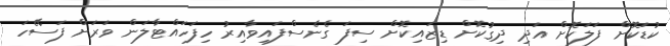
ކުޑަކޮށް ފަލަކޮށް އަދި ދިގުކޮށް ޑިޒައިކޮށް ސިފަ ގެނެސްފައިވާއިރު ހިފަހައްޓާލަން ވަރަށް ފަސޭހަ